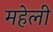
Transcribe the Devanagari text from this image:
महेली